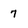
Character: 7